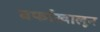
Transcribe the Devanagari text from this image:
बर्फाखालून